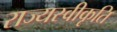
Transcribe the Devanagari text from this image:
राज्यस्वीकृति